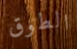
الطوق